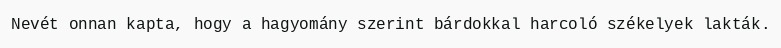
Nevét onnan kapta, hogy a hagyomány szerint bárdokkal harcoló székelyek lakták.